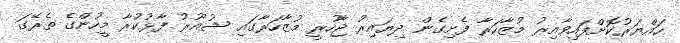
ހައްޔަރުކޮށްފައިވާއިރު މުޒާހަރާ ފެށިގެން ދިޔައިރު ޖާހުރީ މުޒާހަރާގައި ޝުއޫރު ފާޅުކުރާ މީހުންގެ ތެރޭގަ